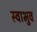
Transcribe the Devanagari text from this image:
स्वाभुव